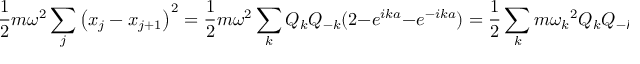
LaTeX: { \frac { 1 } { 2 } } m \omega ^ { 2 } \sum _ { j } \left( x _ { j } - x _ { j + 1 } \right) ^ { 2 } = { \frac { 1 } { 2 } } m \omega ^ { 2 } \sum _ { k } Q _ { k } Q _ { - k } ( 2 - e ^ { i k a } - e ^ { - i k a } ) = { \frac { 1 } { 2 } } \sum _ { k } m { \omega _ { k } } ^ { 2 } Q _ { k } Q _ { - k }